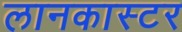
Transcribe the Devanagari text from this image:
लानकास्टर